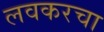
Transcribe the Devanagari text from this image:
लवकरचा